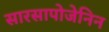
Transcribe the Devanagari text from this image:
सारसापोजेनिन